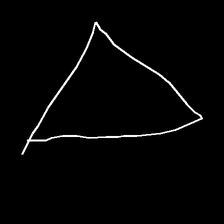
Glyph: convergence